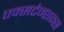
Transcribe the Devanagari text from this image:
एक्सटेन्शन्स